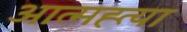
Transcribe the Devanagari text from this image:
आत्‍मह्त्‍या